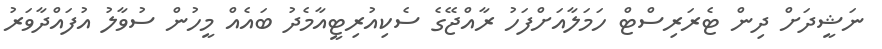
ނަޝީދަށް ދިން ޓެރަރިސްޓް ހަމަލާއަށްފަހު ރާއްޖޭގެ ސެކިއުރިޓީއާމެދު ބައެއް މީހުން ސުވާލު އުފައްދާވަރު